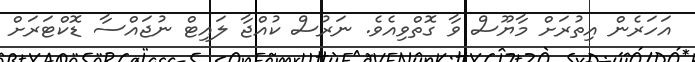
އަހަރެން އިތުރަށް މާޔޫސް ވާ ގޮތްވިއެވެ. ނަރުސް ކުއްޖާ ލައިޓް ނުޖައްސާ ޑޮކްޓަރަށް